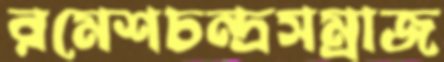
রমেশচন্দ্রসম্রাজ